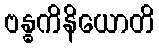
ဗန္ဓကိနိယောတိ